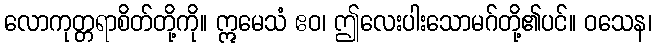
လောကုတ္တရာစိတ်တို့ကို။ ဣမေသံ ဧဝ၊ ဤလေးပါးသောမဂ်တို့၏ပင်။ ဝသေန၊